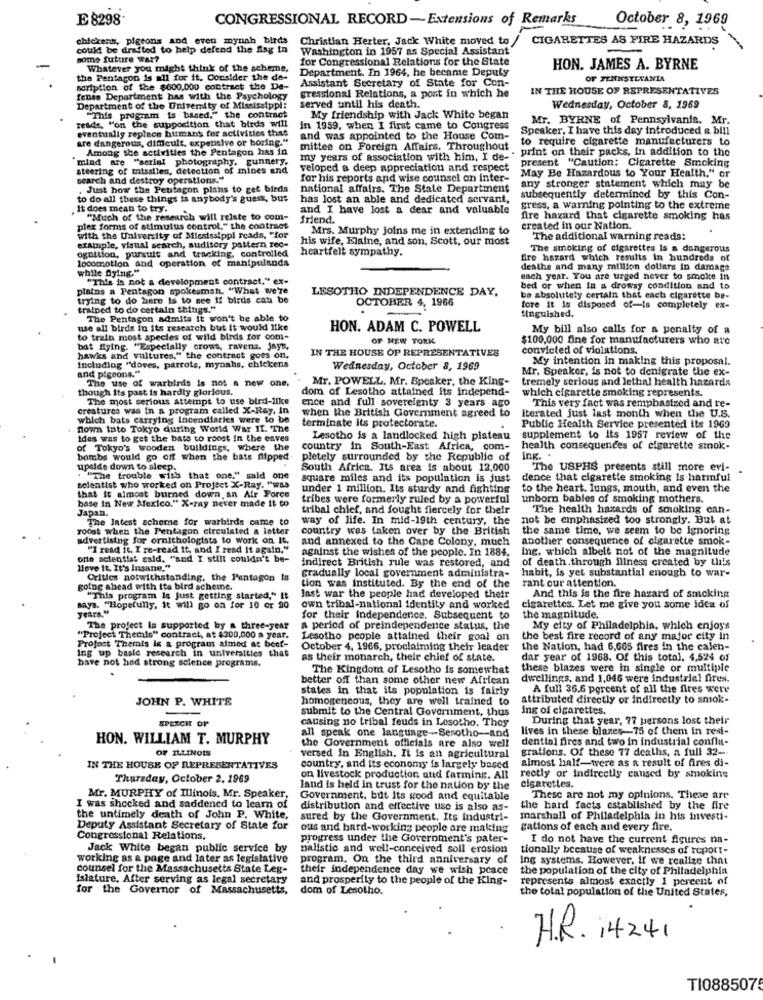
E 8298.
CONGRESSIONAL RECORD-Extensions of Remarks
October 8, 1969
chickens, pigeons and even mynah birds
Christian Herter, Jack White moved to / CIGARETTES AS FIRE HAZARDS
could be drafted to help defend the Aisg in
Washington in 1957 as Special Assistant
home future wat?
for Congressional Relations for the State
Whatever you might think of the scheme,
Department. In 1964, he became Deputy
HON. JAMES A. BYRNE
the Pentagon is all for it. Consider the de-
Assistant Secretary of State for Con-
OF JENNSTEFANIA
scription of the $600.000 contract the De-
IN THE HOUSE OF REPRESENTATIVES
fense Department has with the Psychology
gressional Relations, a post in which he
Department of the University of Mississippi:
served until his death.
Wednesday, October 8, 1969
reads, "on the supposition that birds will
"This program is based." the contract
My friendship with Jack White began
Mr. BYRNE of Pennsylvania. Mr.
eventually replace human's for activities that
in 1959, when I first came to Congress
Speaker, I have this day introduced & bill
are dangerous, difficult, expensive or boring."
and was appointed to the House Com-
to require cigarette manufacturers to
Among the activities the Pentagon has in
mittee on Foreign Affairs. Throughout
my years of association with him, I de- . print on their packs, in addition to the
mind are "serial photography, gunners.
present "Caution: Cigarette Smoking
steering of missiles, detection of mines and
veloped a deep appreciation and respect
May Be Hazardous to Your Health." or
search and destroy operations."
for his reports and wise counsel on inter-
any stronger statement which may be
. Just how the Pentagon plans to get birds
national affairs. The State Department
to do all these things is anybody's guest, but
has lost an able and dedicated servant,
subsequently determined by this Con-
It does mean to try.
and I have lost a dear and valuable
gress, a warning pointing to the extreme
"Much of the research will relate to com-
friend.
fire hazard that cigarette smoking has
plex forms of stimulus control." the contract
Mrs. Murphy joins me in extending to
created in our Nation.
with the University of Mississippi reads, "for
his wife, Elaine, and son, Scott, our most
The additional warning reads:
example, visual search, auditory pattern rec-
ognition, pursuit and tracking, controlled
heartfelt sympathy.
The smoking of cigarettes Is a dangerous
locomotion and operation of manipulanda
fire hazard which results in hundreds of
while Dying."
deaths and many million dollars in damage
"This is not a development contract." ex-
each year. You are urged never to smoke in
plains a Pentagon spokesman. "What we're
LESOTHO INDEPENDENCE DAY,
bed or when in a drowsy condition and to
trying to do here Is to see if birds can be
OCTOBER 4, 1966
be absolutely certain that each cigarette be-
trained to do certain things."
fore it is disposed of-is completely ex-
The Pentagon admits it won't be able to
tinguished.
use all birds in its research but it would like
HON. ADAM C. POWELL
My bill also calls for a penalty of a
to train most species of wild birds for com-
OF NEW YORK
$100.000 fine for manufacturers who are
bat fiying. "Especially crows, ravens. Jays,
IN THE HOUSE OF REPRESENTATIVES
convicted of violations.
hawks and vultures," the contract goes on,
My intention in making this proposal.
including "dores, parrots, mynahs, chickens
and pigeons."
Wednesday, October 8, 1969
Mr. Speaker, is not to denigrate the ex-
The use of warbirds is not a new one,
Mr. POWELL. Mr. Speaker, the King-
tremely serious and lethal health hazards
though its past is hardly glorious.
dom of Lesotho attained its independ-
which cigarette smoking represents.
The most serious Attempt to use bird-like
ence and full sovereignty 3 years ago
This very fact was remphasized and re-
creatures was in & program called X-Ray, in
when the British Government agreed to
which bats carrying Incendiaries were to be
Iterated just last month when the U.S.
down Into Tokyo during World War II. The
terminate its protectorate.
Public Health Service presented its 1969
ides was to get the bats to roost in the caves
Lesotho is a landlocked high plateau
supplement to its 1967 review of the
of Tokyo's wooden buildings, where the
country in South-East Africa, com-
health consequences of cigarette smok-
bombs would go off when the bats flipped.
pletely surrounded by the Republic of
ing .
upside down to sleep.
South Africa. Its area is about 12,000
The USPHS presents still more evi-
"The trouble with that one." said one
square miles and its population is just
dence that cigarette smoking is harmful
selentist who worked on Project X-Ray. "was
under 1 million. Its sturdy and fighting
to the heart. lungs, mouth, and even the
base in New Mexico." X-ray never made it to
that it almost burned down an Air Force
tribes were formerly ruled by a powerful
unborn bables of smoking mothers.
Japan.
tribal chief, and fought fiercely for their
The health hazards of smoking can-
The latest scheme for warbirds came to
way of life. In mid-19th century, the
not be emphasized too strongly. But at
roost when the Pentagon circulated a letter
country was taken over by the British
the same time, we seem to be ignoring
advertising for ornithologists to work on It.
and annexed to the Cape Colony, much
another consequence of cigarette smok-
"I read it, I re-read it, and I read It again."
against the wishes of the people. In 1884,
Ing. which albeit not of the magnitude
orte scientist said, "and I still couldn't be-
indirect British rule was restored, and
of death.through illness created by this
Move It. It's Insane."
gradually local government administra-
habit, is yet substantial enough to war-
Critics notwithstanding. the Pentagon ta
tion was instituted. By the end of the
rant our attention.
going ahead with its bird scheine.
""This program Is Just getting started," it
last war the people had developed their
And this is the fire hazard of smoking
says. "Hopefully, it will go on for 10 or 20
years."
own tribal-national identity and worked
cigarettes. Let me give you some idea of
for their independence. Subsequent to
the magnitude.
The project Is supported by a three-year
a period of preindependence status, the
My city of Philadelphia, which enjoys
"Project Themis" contract, at $200,000 a year.
Lesotho people attained their goal on the best fire rec
the best fire record of any major city in
Ing up baste research in universities that
Project Themis Is & program aimed at beef-
October 4, 1966, proclaiming their leader
the Nation, had 6,665 fires in the calen-
as their monarch, their chief of state.
dar year of 1968. Of this total, 4,524 of
have not had strong science programs.
The Kingdom of Lesotho is somewhat
these blazes were in single or multiple
better off than some other new African
dwellings, and 1,046 were industrial fires.
states in that its population is fairly
A full 36.6 percent of all the Aires were
JOHN P. WHITE
homogeneous, they are well trained to
attributed directly or indirectly to smok-
submit to the Central Government, thus
ing of cigarettes.
SPEECH OF
causing no tribal feuds in Lesotho. They
During that year, 77 persons lost their
lives in these blazes-75 of them in resi-
HON. WILLIAM T. MURPHY
all speak one language-Sesotho-and
dential fires and two in industrial conflu-
OF ILLINOIS
the Government officials are also well
versed in English. It is an agricultural
grations. Of these 77 deaths, a full 32-
almost half-were as a result of fires di-
IN THE HOUSE OF REPRESENTATIVES
country, and its economy is largely based
Thursday, October 2. 1969
on livestock production atid farming. All
rectly or indirectly caused by smokins
land is held in trust for the nation by the
cigarettes.
Mr. MURPHY of Illinois, Mr. Speaker,
Government, but its good and equitable
These are not my opinions. These are
I was shocked and saddened to learn of
distribution and effective use is also as-
the hard facts established by the fire
the untimely death of John P. White,
sured by the Government. Its industri-
marshall of Philadelphia in his investi-
Deputy Assistant Secretary of State for
ous and hard-working people are making
gations of each and every fire.
Congressional Relations.
progress under the Government's pater-
I do not have the current Algures na-
Jack White began public service by
balistic and well-conceived soll erosion
tionally because of weaknesses of report-
working as a page and later as legislative
program. On the third anniversary of
Ing systems. However, if we realize that
counsel for the Massachusetts State Leg-
their independence day we wish pcace
the population of the city of Philadelphia
Islature, After serving as legal secretary
and prosperity to the people of the King-
represents almost exactly 1 percent of
for the Governor of Massachusetts,
dom of Lesotho.
the total population of the United States,
H.R. 14241
TI0885075